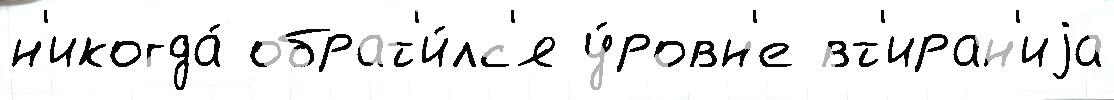
н'икогда́ обрат'и́лс'я у́ровн'е вт'иран'иjа